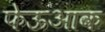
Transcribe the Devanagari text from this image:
फेऊआक